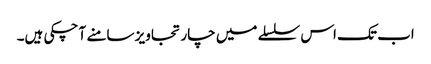
اب تک اس سلسلے میں چار تجاویز سامنے آ چکی ہیں۔